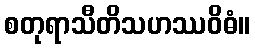
စတုရာသီတိသဟဿဝိဓံ။